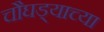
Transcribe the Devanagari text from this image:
चौघड्याच्या